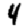
Digit: 4